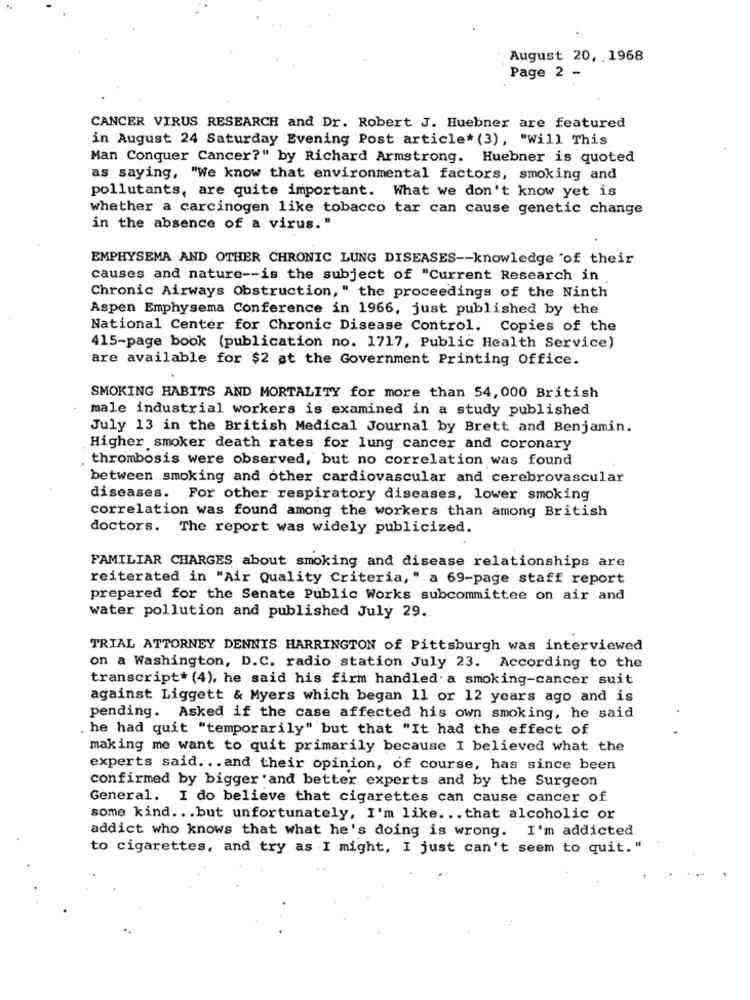
August 20, . 1968
Page 2 -
CANCER VIRUS RESEARCH and Dr. Robert J. Huebner are featured
in August 24 Saturday Evening Post article* (3), "Will This
Man Conquer Cancer?" by Richard Armstrong. Huebner is quoted
as saying, "We know that environmental factors, smoking and
pollutants, are quite important. What we don't know yet is
whether a carcinogen like tobacco tar can cause genetic change
in the absence of a virus. "
EMPHYSEMA AND OTHER CHRONIC LUNG DISEASES -- knowledge of their
causes and nature -- is the subject of "Current Research in
Chronic Airways Obstruction, " the proceedings of the Ninth
Aspen Emphysema Conference in 1966, just published by the
National Center for Chronic Disease Control. Copies of the
415-page book (publication no. 1717, Public Health Service)
are available for $2 at the Government Printing Office.
SMOKING HABITS AND MORTALITY for more than 54,000 British
male industrial workers is examined in a study published
July 13 in the British Medical Journal by Brett and Benjamin.
Higher smoker death rates for lung cancer and coronary
thrombosis were observed, but no correlation was found
between smoking and other cardiovascular and cerebrovascular
diseases. For other respiratory diseases, lower smoking
correlation was found among the workers than among British
doctors. The report was widely publicized.
FAMILIAR CHARGES about smoking and disease relationships are
reiterated in "Air Quality Criteria," a 69-page staff report
prepared for the Senate Public Works subcommittee on air and
water pollution and published July 29.
TRIAL ATTORNEY DENNIS HARRINGTON of Pittsburgh was interviewed
on a Washington, D.C. radio station July 23. According to the
transcript* (4), he said his firm handled a smoking-cancer suit
against Liggett & Myers which began 11 or 12 years ago and is
pending. Asked if the case affected his own smoking, he said
he had quit "temporarily" but that "It had the effect of
making me want to quit primarily because I believed what the
experts said ... and their opinion, of course, has since been
confirmed by bigger and better experts and by the Surgeon
General. I do believe that cigarettes can cause cancer of
some kind ... but unfortunately, I'm like ... that alcoholic or
addict who knows that what he's doing is wrong. I'm addicted
to cigarettes, and try as I might, I just can't seem to quit. "